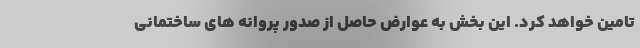
تامین خواهد کرد. این بخش به عوارض حاصل از صدور پروانه های ساختمانی